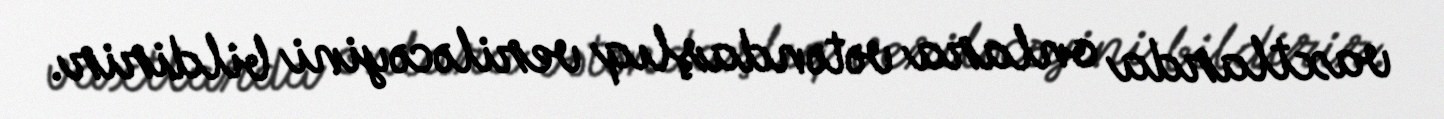
vaxtlarda onlara vətəndaşlıq veriləcəyini bildirir.